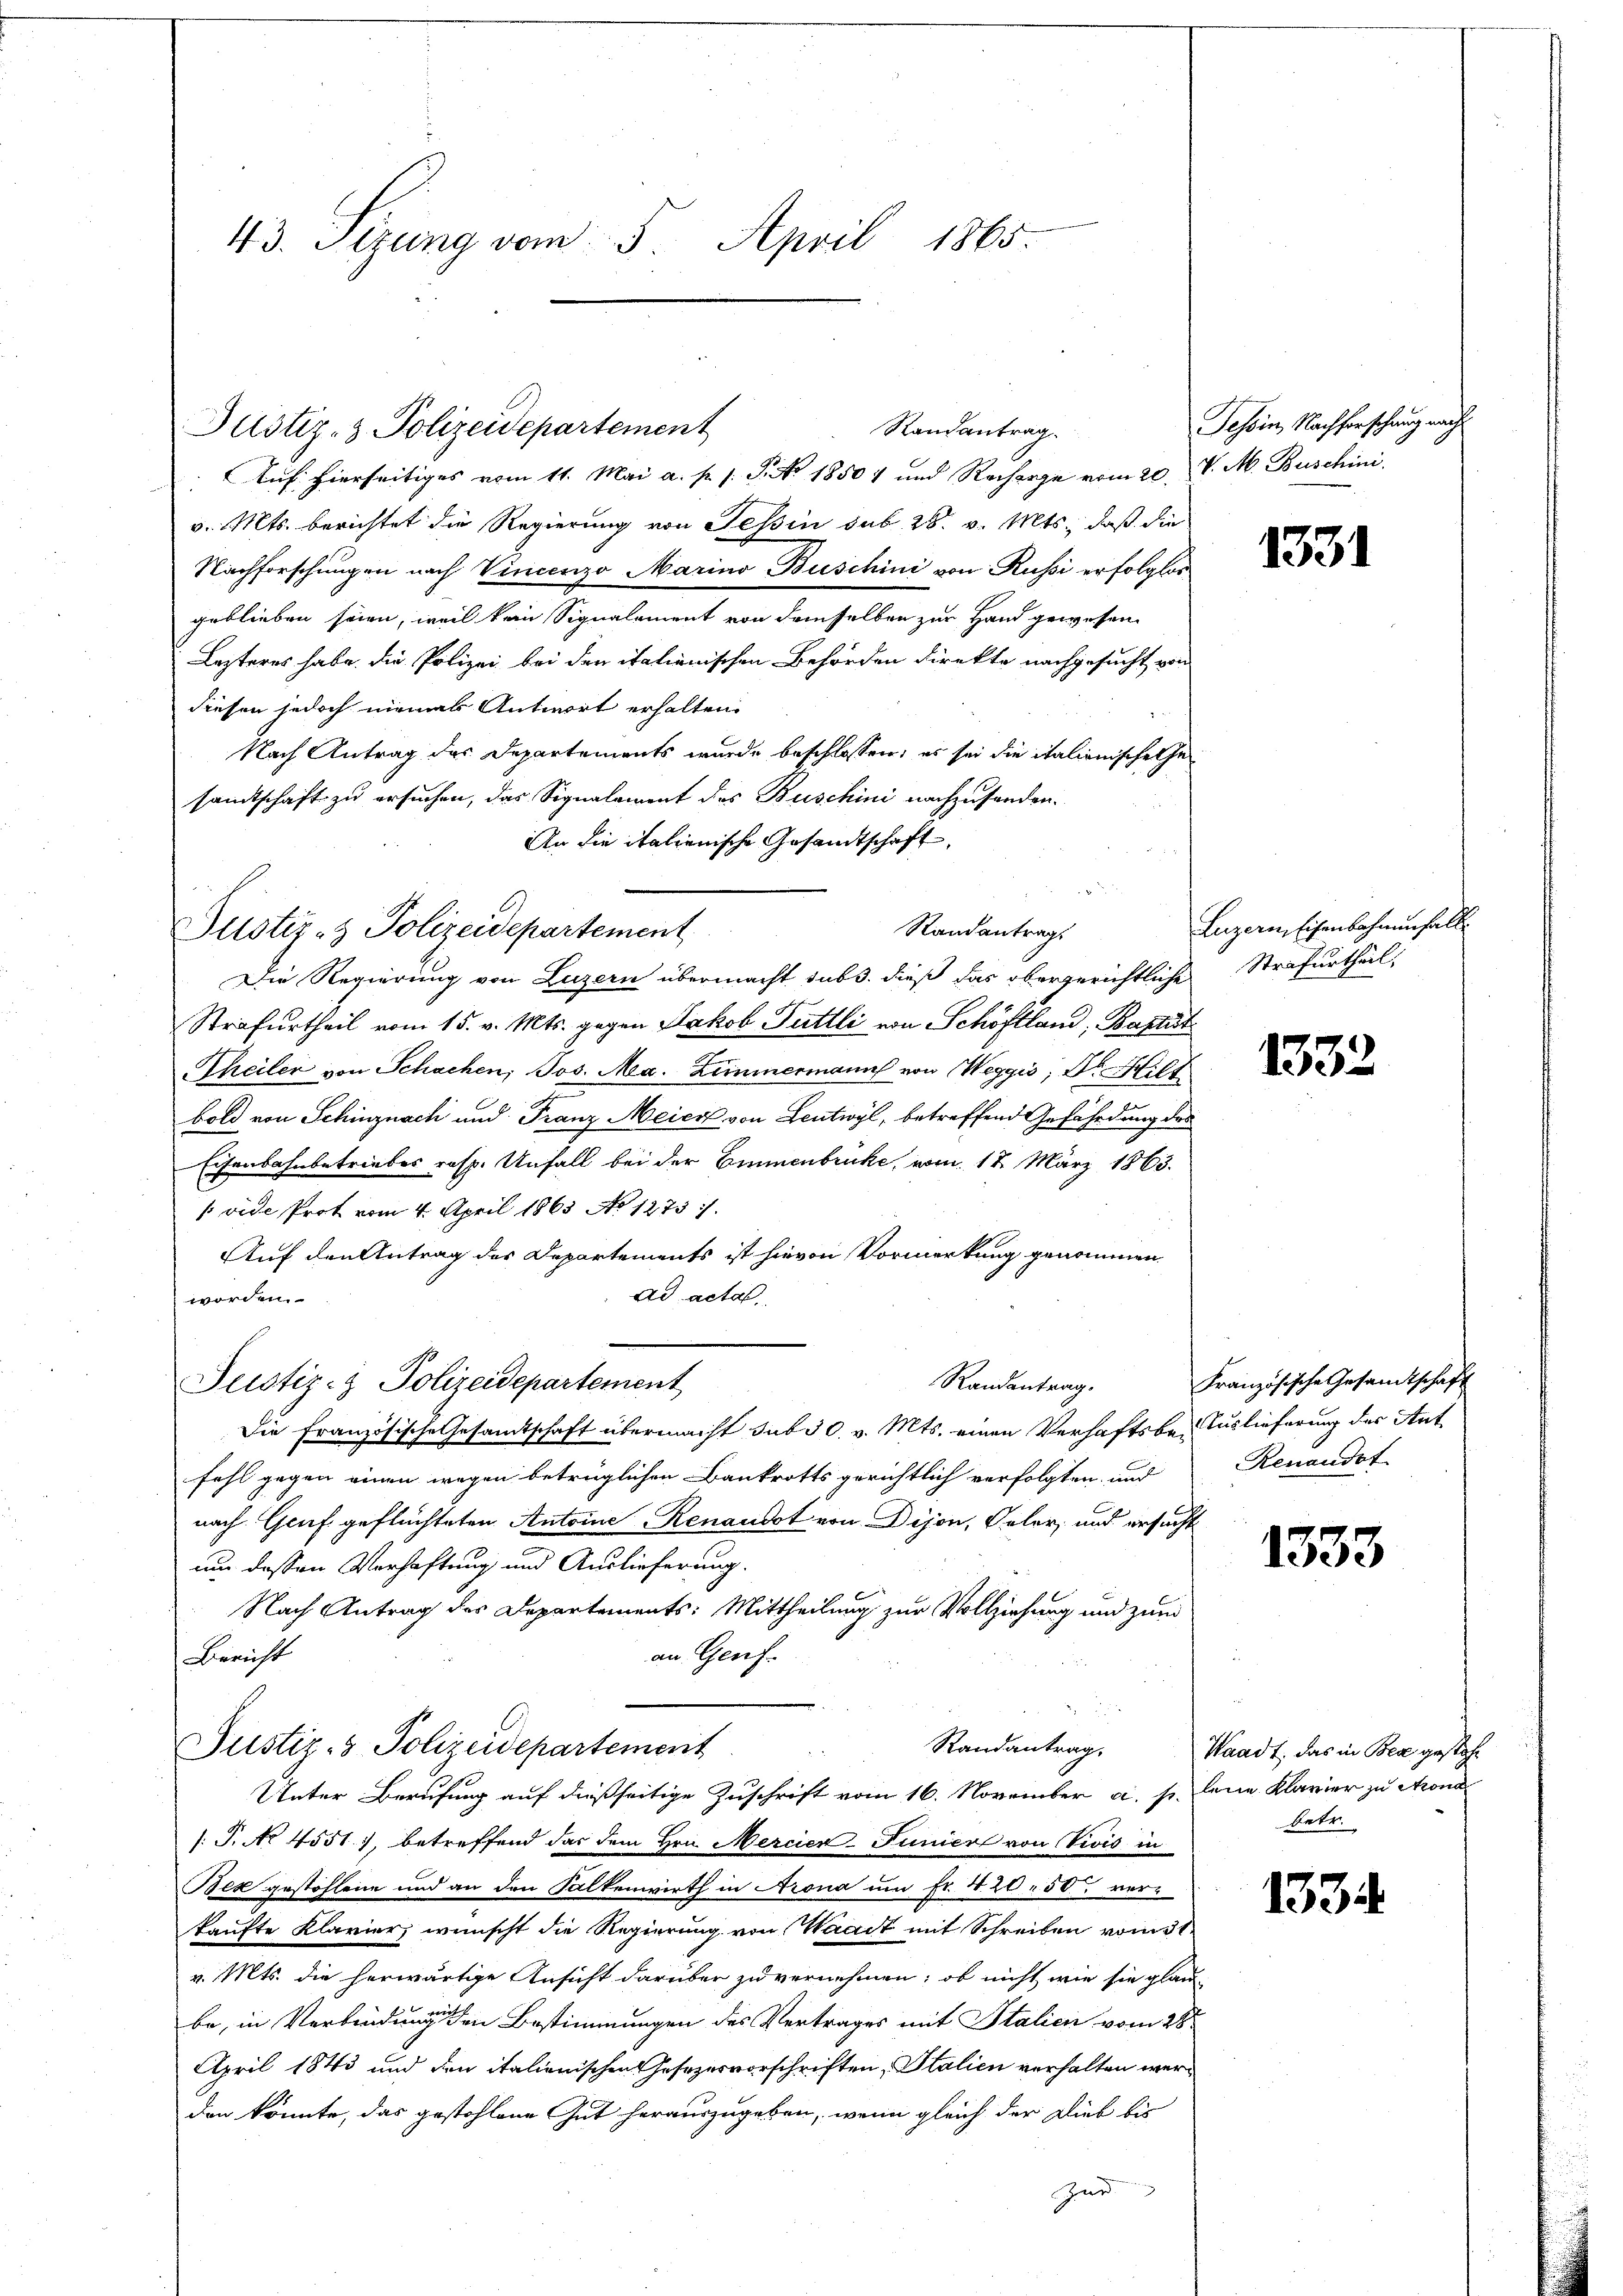
43. Sizung vom 5. April 1865.

Auf hierseitiges vom 11. Mai a. p. s. S. No 18504 und Recharge vom 20. v. M. Buschini
v. Mts. berichtet die Regierung von Tessin sub 28. v. Mts., daß die
Nachforschungen nach Vincenzo Marino Buschini von Russi erfolglos
geblieben seien, weil kann Signalement von demselben zur Hand gewesen.
Lezteres habe. Die Polizei bei den italienischen Behörden direkte nachgesucht von
diesen jedoch niemals Antwort erhalten.
Nach Antrag des Departements wurde beschlossen; es sei die italionische Gesamtschaft zu ersuchen, das Signalement des Buschini nachzusenden.
An die italienische Gesandtschaft
Standantrags
Die Regierung von Luzern übermacht sub. dieß das obergerichtliche
Strafurtheil vom 15. v. Mts. gegen Jakob Tuttli von Schöflland, Baptist
Theiler von Schachen, Jos. Ma. Zimmermann von Weggis, Dr. Hilt
bold von Schinznach und Franz Meier von Leutwyl, betreffend Gefährdung des
Eisenbahnbetriebes resp. Unfall bei der Emmenbrucke, vom 17. März 1863.
(vide Prot vom 4. April 1863 No 1273
Auf den Antrag des Departements ist hievon Vormerkung genommen.
ad acta
worden.
Justiz- & Polizeidepartement
Randantrag.
Die Französische Gesamtschaft übermacht sub 30. v. Mts. einen Verhaftsbe-Auslieferung des Ant
fahl gegen einen wegen betrüglichen Bankrotts gerichtlich verfolgten und
nach Genf geflüchteten Antoine Renaudot von Dijon, Geler, und ersucht
um dessen Verhaftung und Auslieferung.
Nach Antrag des Departements: Mittheilung zur Vollziehung und zum
an Genf.
Bericht
Randantrag,
Justiz- & Polizeidepartement
Unter Berufung auf dießseitige Zuschrift vom 16. November a. s. eine Klavier zu Mona
1: P. No 4551), betreffend das dem Hrn. Mercier-Funiere von Vivis in
Bex gestohlene und an den Falkenwirth in Arona um Fr. 420 - 50. verkaufte Klavier wünscht die Regierung von Waadt mit Schreiben vom 31.
v. Mts. die herwärtige Ansicht darüber zu vernehmen; ob nicht wie sie glau
be, in Verbindung den Bestimmungen des Vertrages mit Italien vom 28ten
April 1843 und den italienischen Gesezesvorschriften, Italien verhalten werden könnte, das gestohlene Gut herauszugeben, wenn gleich der Dieb bis
Zur

Justiz- & Polizeidepartement

Justiz- & Polizeidepartement

Randantrag.

Tessin, Nachforschung nach

1331

Luzern, Eisenbahnenfalle
Strafurtheil.

1332

Französische Gesamtschaft
Renandot

1333

Waadt, das in Bea gestehe
betr.

1334